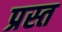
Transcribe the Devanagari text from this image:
प्रस्त